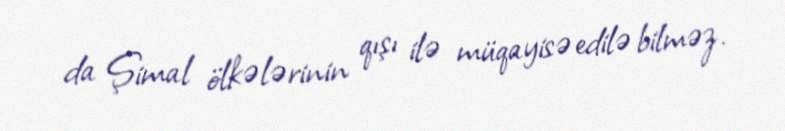
da Şimal ölkələrinin qışı ilə müqayisə edilə bilməz.